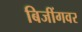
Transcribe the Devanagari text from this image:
बिजींगवर